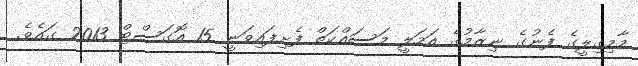
މާމިގިލީގެ ފެނުގެ ނިޒާމުގެ އަމަލީ މަސައްކަތް ފެށިފައިވަނީ 15 އޮގަސްޓް 2013 ގައެވެ.